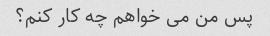
پس من می خواهم چه کار کنم؟